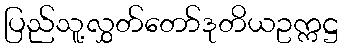
ပြည်သူ့လွှတ်တော်ဒုတိယဥက္ကဋ္ဌ